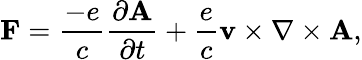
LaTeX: {\mathbf F}=\frac{-e}{c}\frac{\partial{\mathbf A}}{\partial t}+\frac{e}{c}{\mathbf v}\times{\mathbf\nabla}\times{\mathbf A},